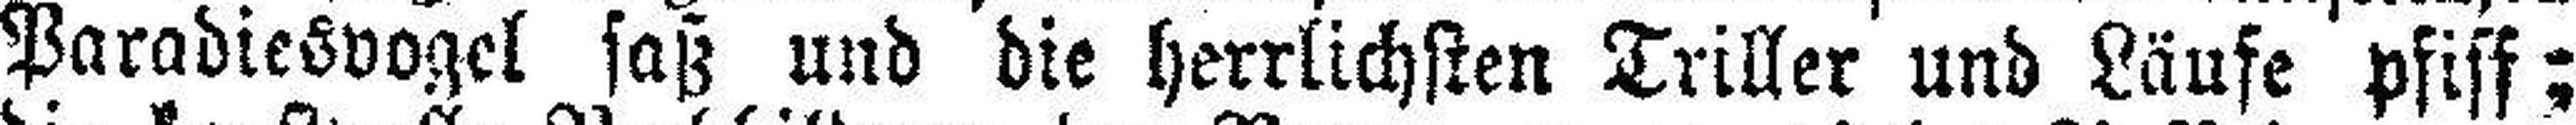
Paradiesvogel saß und die herrlichsten Triller und Läufe pfiff;